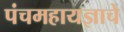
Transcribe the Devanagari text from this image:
पंचमहायज्ञाचे